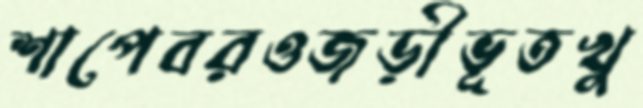
শাপেবরওজড়ীভূতখু